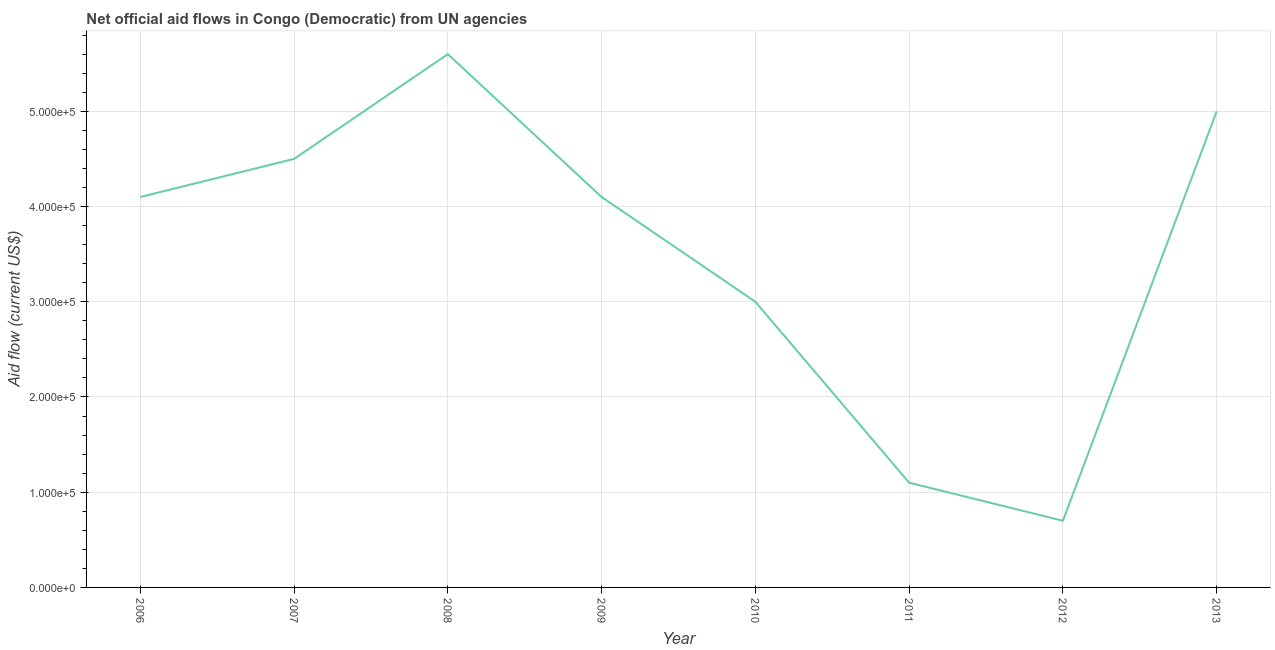
| Year | Net official flows from UN agencies |
 | --- | --- |
 | 2006 | 4.1e+05 |
 | 2007 | 4.5e+05 |
 | 2008 | 5.6e+05 |
 | 2009 | 4.1e+05 |
 | 2010 | 3e+05 |
 | 2011 | 1.1e+05 |
 | 2012 | 7e+04 |
 | 2013 | 5e+05 |